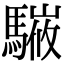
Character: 𩥘